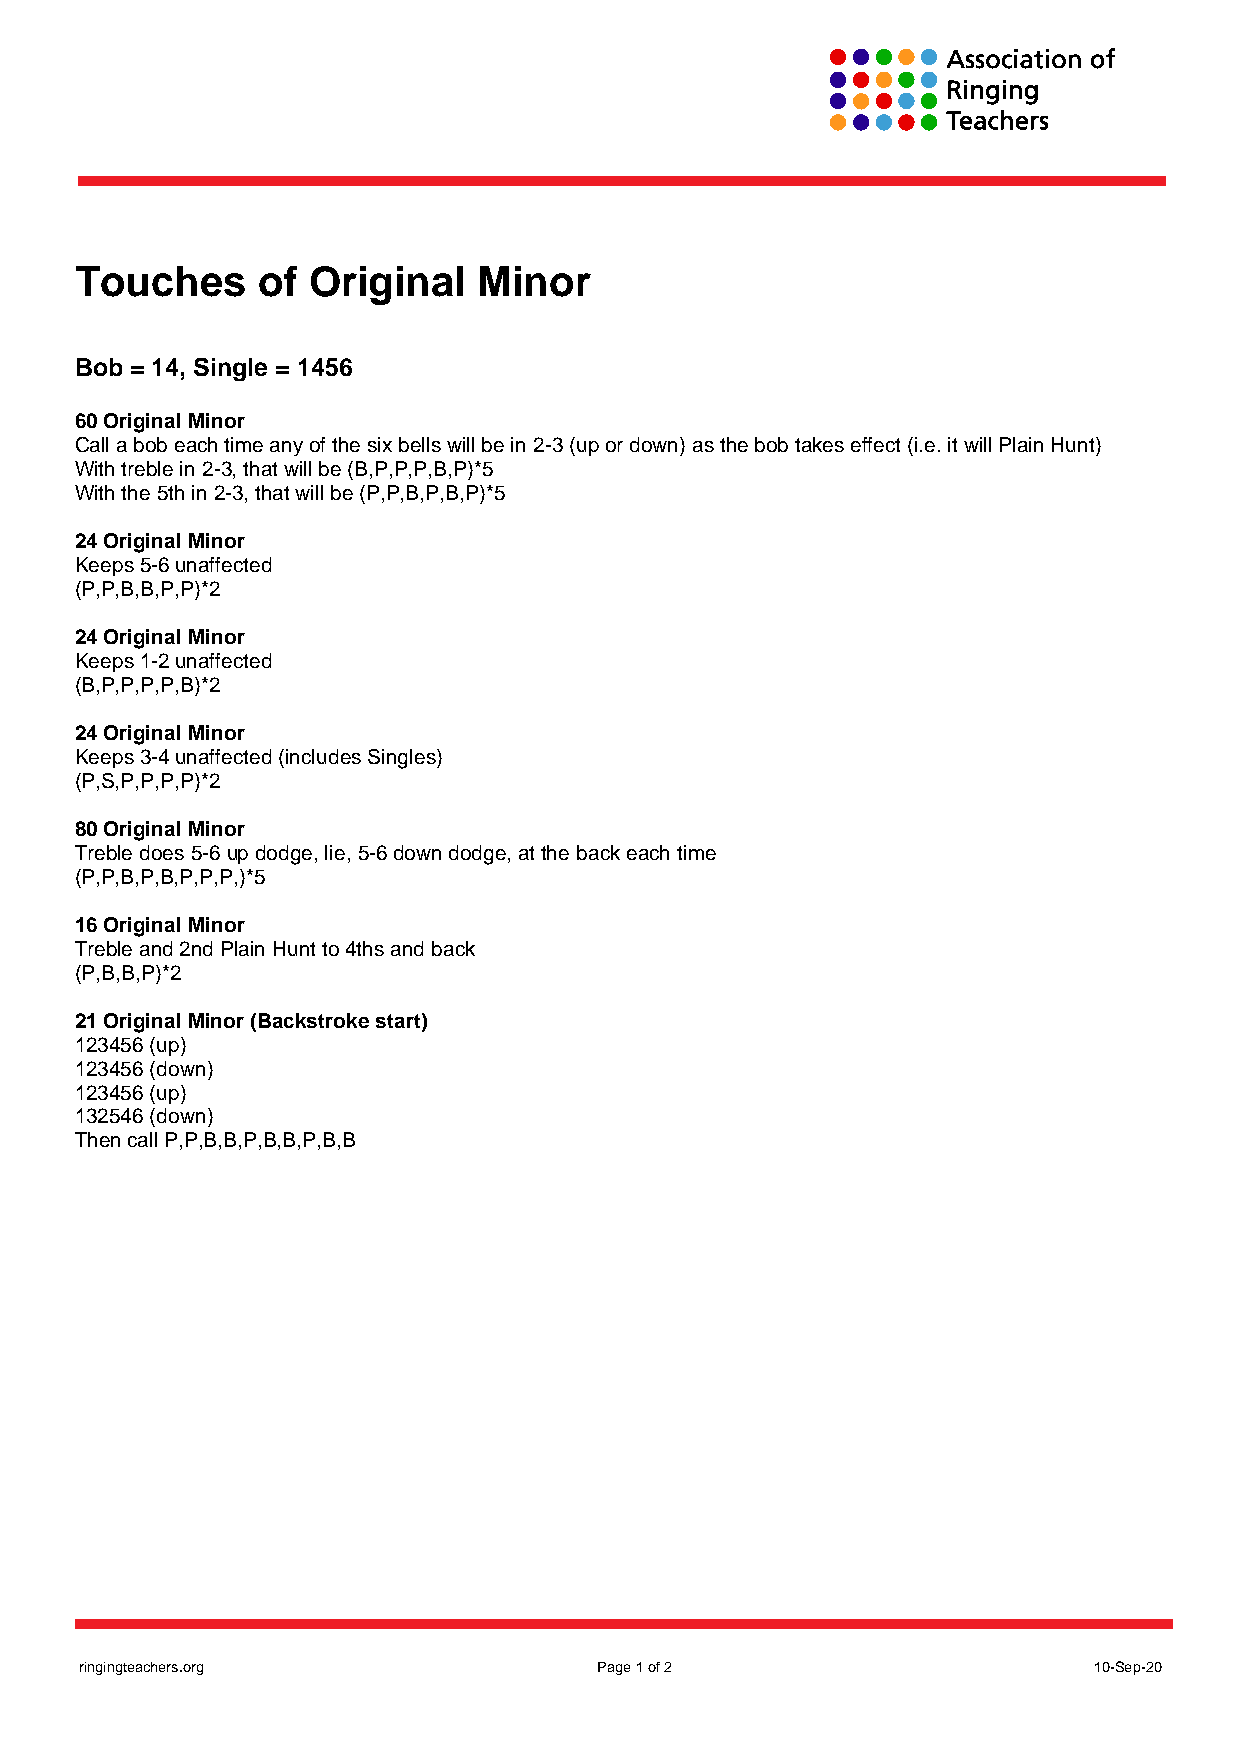
Touches     of Original    Minor
 Bob = 14, Single = 1456
 60 Original Minor
 Call a bob each time any of the six bells will be in 2-3 (up or down) as the bob takes effect (i.e. it will Plain Hunt)
 With treble in 2-3, that will be (B,P,P,P,B,P)*5
 With the 5th in 2-3, that will be (P,P,B,P,B,P)*5
 24 Original Minor
 Keeps 5-6 unaffected
 (P,P,B,B,P,P)*2
 24 Original Minor
 Keeps 1-2 unaffected
 (B,P,P,P,P,B)*2
 24 Original Minor
 Keeps 3-4 unaffected (includes Singles)
 (P,S,P,P,P,P)*2
 80 Original Minor
 Treble does 5-6 up dodge, lie, 5-6 down dodge, at the back each time
 (P,P,B,P,B,P,P,P,)*5
 16 Original Minor
 Treble and 2nd Plain Hunt to 4ths and back
 (P,B,B,P)*2
 21 Original Minor (Backstroke start)
 123456 (up)
 123456 (down)
 123456 (up)
 132546 (down)
 Then call P,P,B,B,P,B,B,P,B,B
 ringingteachers.org                Page 1 of 2                     10-Sep-20